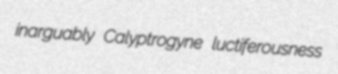
inarguably Calyptrogyne luctiferousness